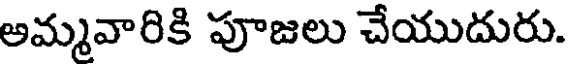
అమ్మవారికి పూజలు చేయుదురు.